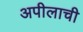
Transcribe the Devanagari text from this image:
अपीलाची